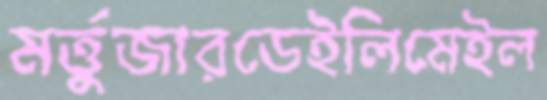
মর্ত্তুজারডেইলিমেইল